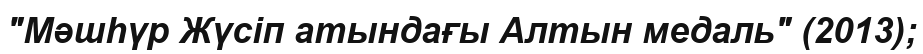
"Мәшһүр Жүсіп атындағы Алтын медаль" (2013);